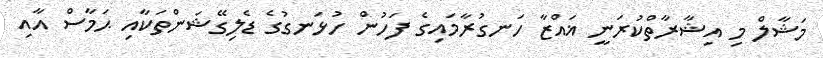
މަޝާލް މި އިޝާރާތްކުރަނީ ޣައްޒާ ހަނގުރާމައިގެ ފަހުން ހުޅަނގުގެ ޑެލިގޭޝަންތަކާއި ޙަމާސް އާއި